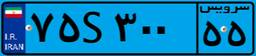
۷۵S۳۰۰۵۵